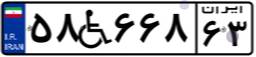
۲۷W۱۲۲۴۹